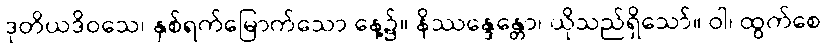
ဒုတိယဒိဝသေ၊ နှစ်ရက်မြောက်သော နေ့၌။ နိဿန္ဒေန္တော၊ ယိုသည်ရှိသော်။ ဝါ၊ ထွက်စေ